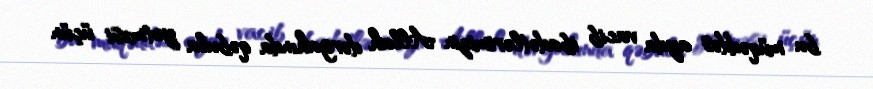
bu müqəddəs ayda vacib ibadətlərimizin Allah dərgahında qəbula yetməsi üçün